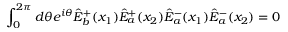
\int _ { 0 } ^ { 2 \pi } d \theta e ^ { i \theta } \hat { E } _ { b } ^ { + } ( x _ { 1 } ) \hat { E } _ { a } ^ { + } ( x _ { 2 } ) \hat { E } _ { a } ^ { - } ( x _ { 1 } ) \hat { E } _ { a } ^ { - } ( x _ { 2 } ) = 0